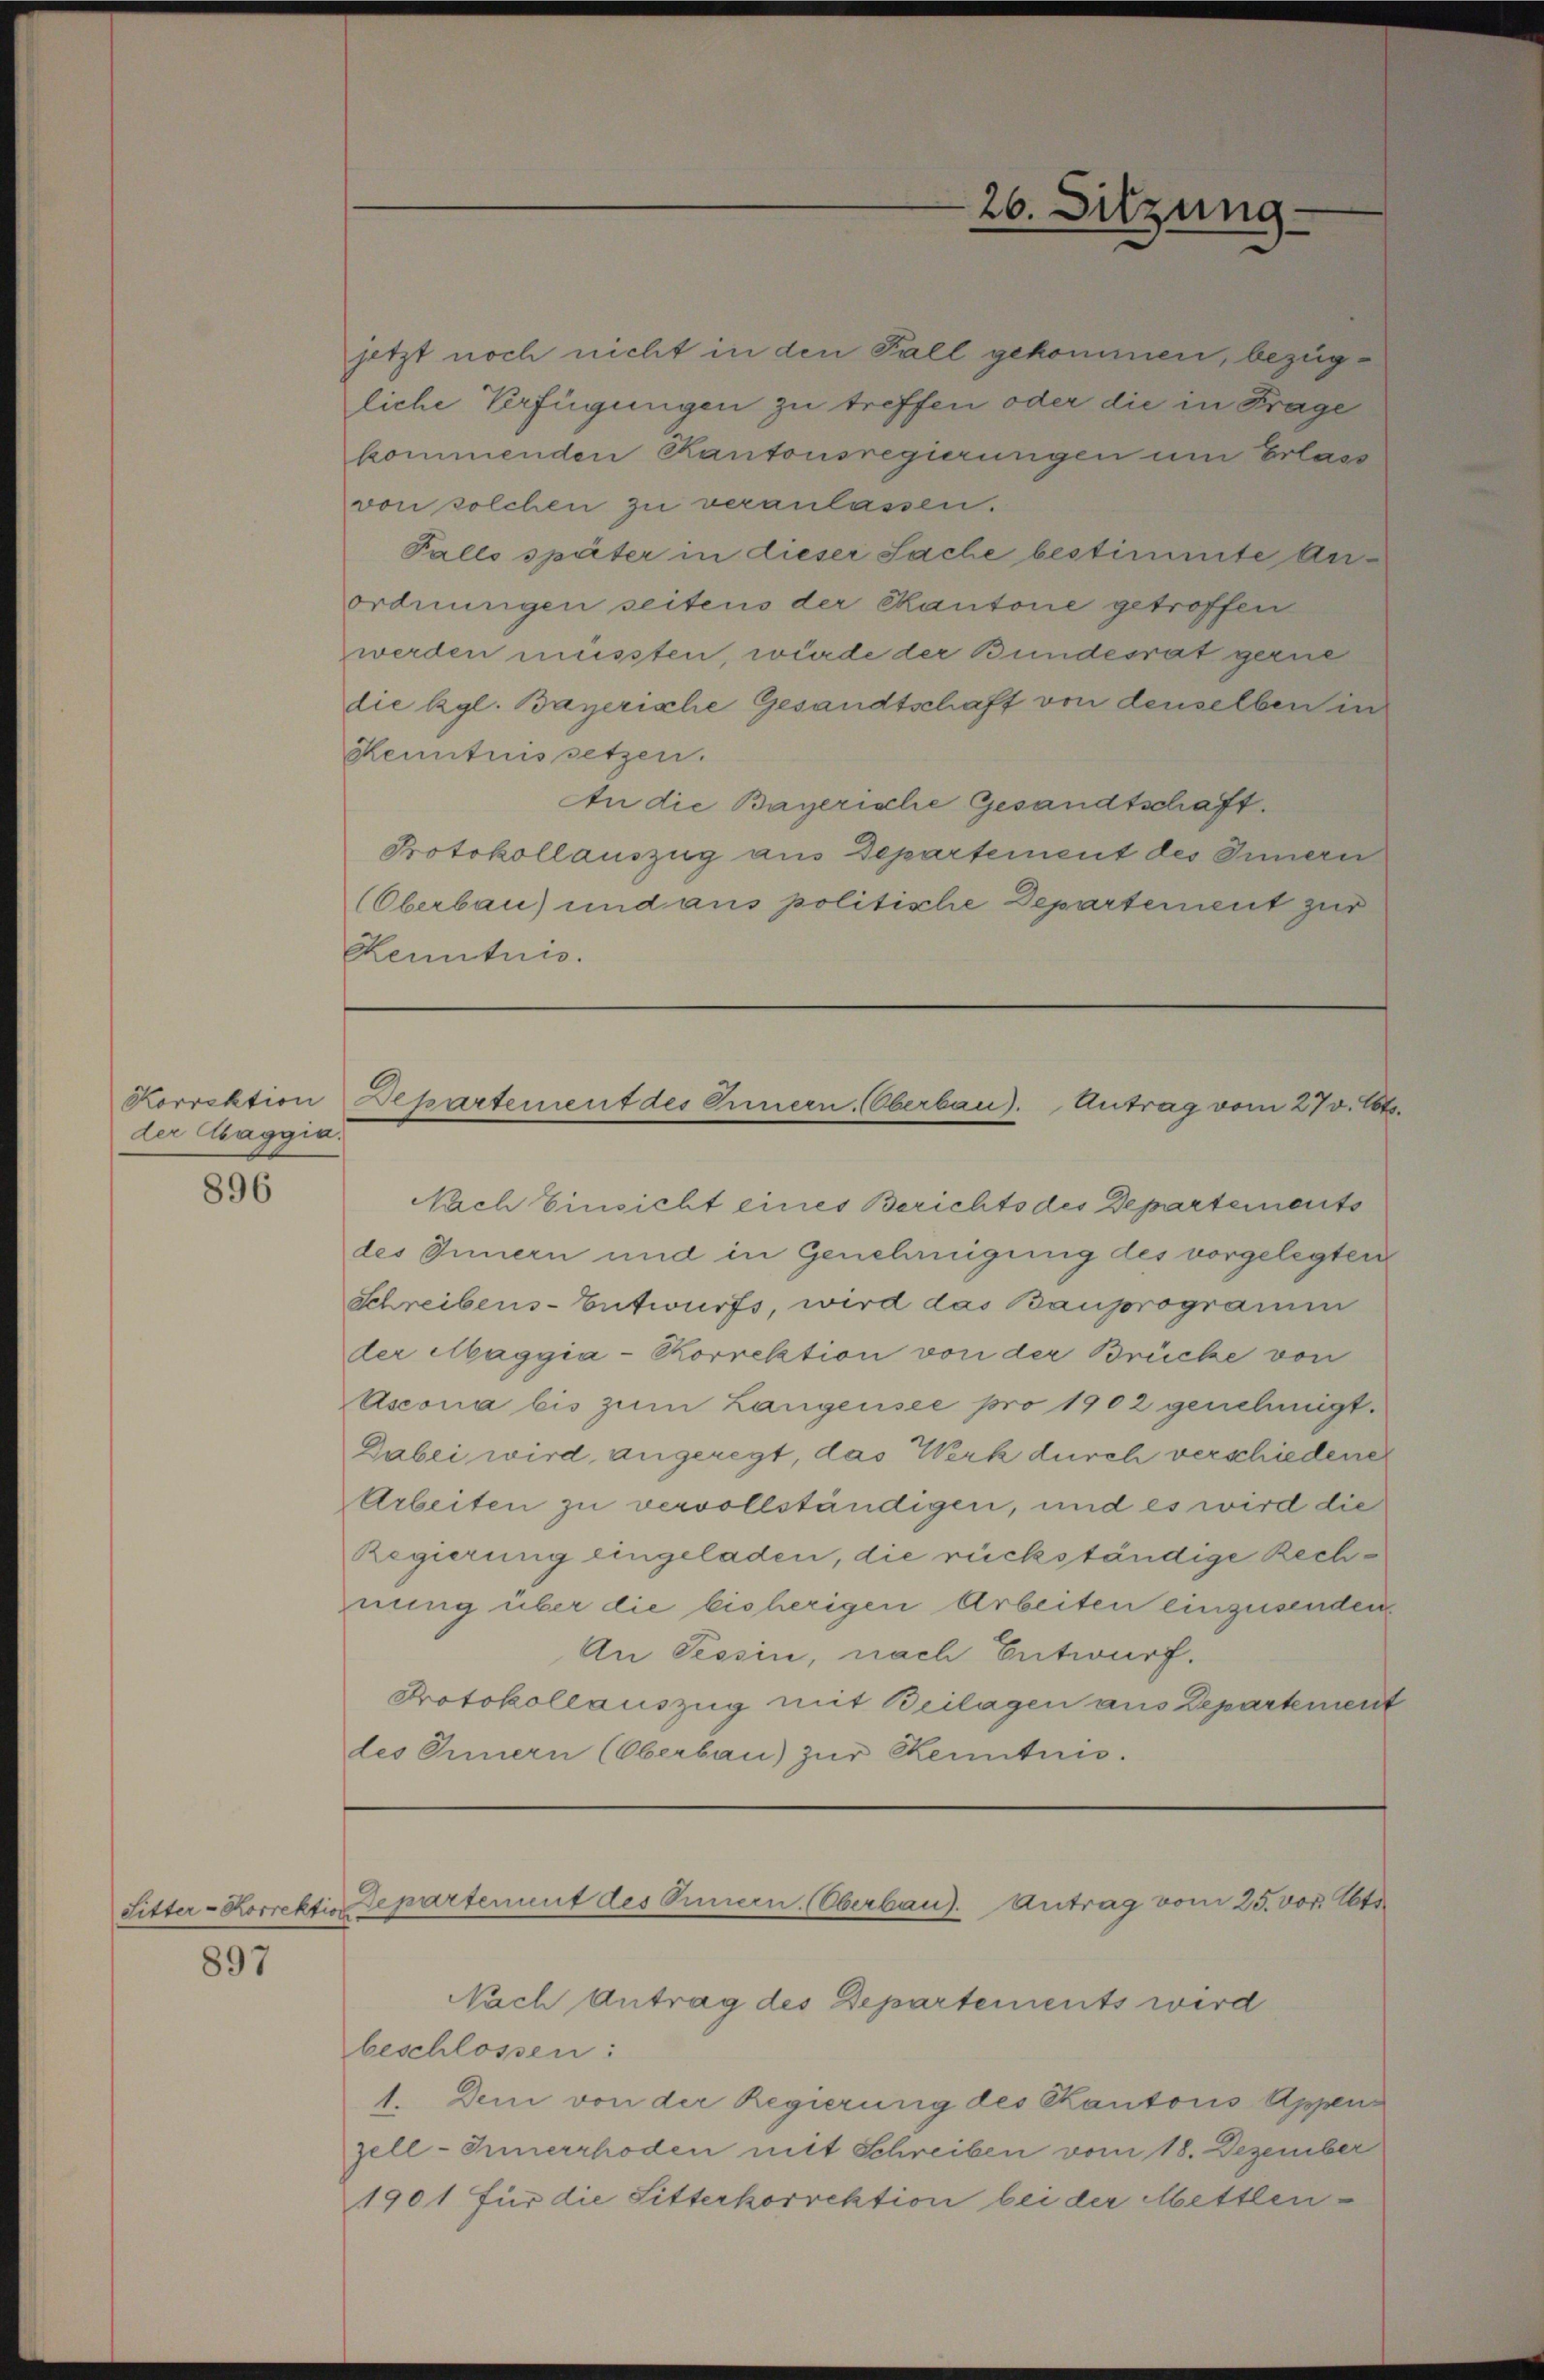
der Maggia.

896

897

jetzt noch nicht in den Fall gekommen, bezügliche Verfügungen zu treffen oder die in Frage
kommenden Kantonsregierungen um Erlass
von solchen zu veranlassen.
Falls später in dieser Sache bestimmte Arordnungen seitens der Kantone getroffen
werden müssten, wurde der Bundesrat gerne
die Kgl. Bayerische Gesandtschaft von denselben in
Kenntnissetzen.
An die Bayerische Gesandtschaft.
Protokollauszug aus Departement des Innern
Oberbau) und aus politische Departement zur
Kenntnis.

26. Sitzung.

Korrektion Departement des Innern. (Oberbau). Antrag vom 27. Oct.

Nach Einsicht eines Berichts des Departements
des Innern und in Genehmigung des vorgelegten
Schreibens-Entwurfs, wird das Bauprogramm
der Maggia-Korrektion von der Brücke von
Ascona bis zum Langensee pro 1902 genehmigt.
Dabei wird angeregt, das Werk durch verschiedene
Arbeiten zu vervollständigen, und es wird die
Regierung eingeladen, die rückständige Rechnung über die bisherigen Arbeiten einzusenden
An Tessin, nach Entwurf.
Protokollauszug mit Beilagen aus Departement
des Innern (Oberbau) zur Kenntnis.

Sitter-Korrektiv departement des Innern. Oberbau). Antrag vom 25. vor Abt.

Nach Antrag des Departements wird
beschlossen:
1. Den von der Regierung des Kantons Appen
zell-Innerrhoden mit Schreiben vom 18. Dezember
1901 für die Sitterkorrektion bei der Mettlen¬